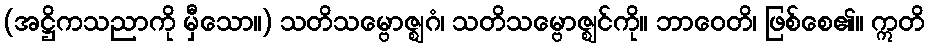
(အဋ္ဌိကသညာကို မှီသော။) သတိသမ္ဗောဇ္ဈဂံ၊ သတိသမ္ဗောဇ္ဈင်ကို။ ဘာဝေတိ၊ ဖြစ်စေ၏။ ဣတိ